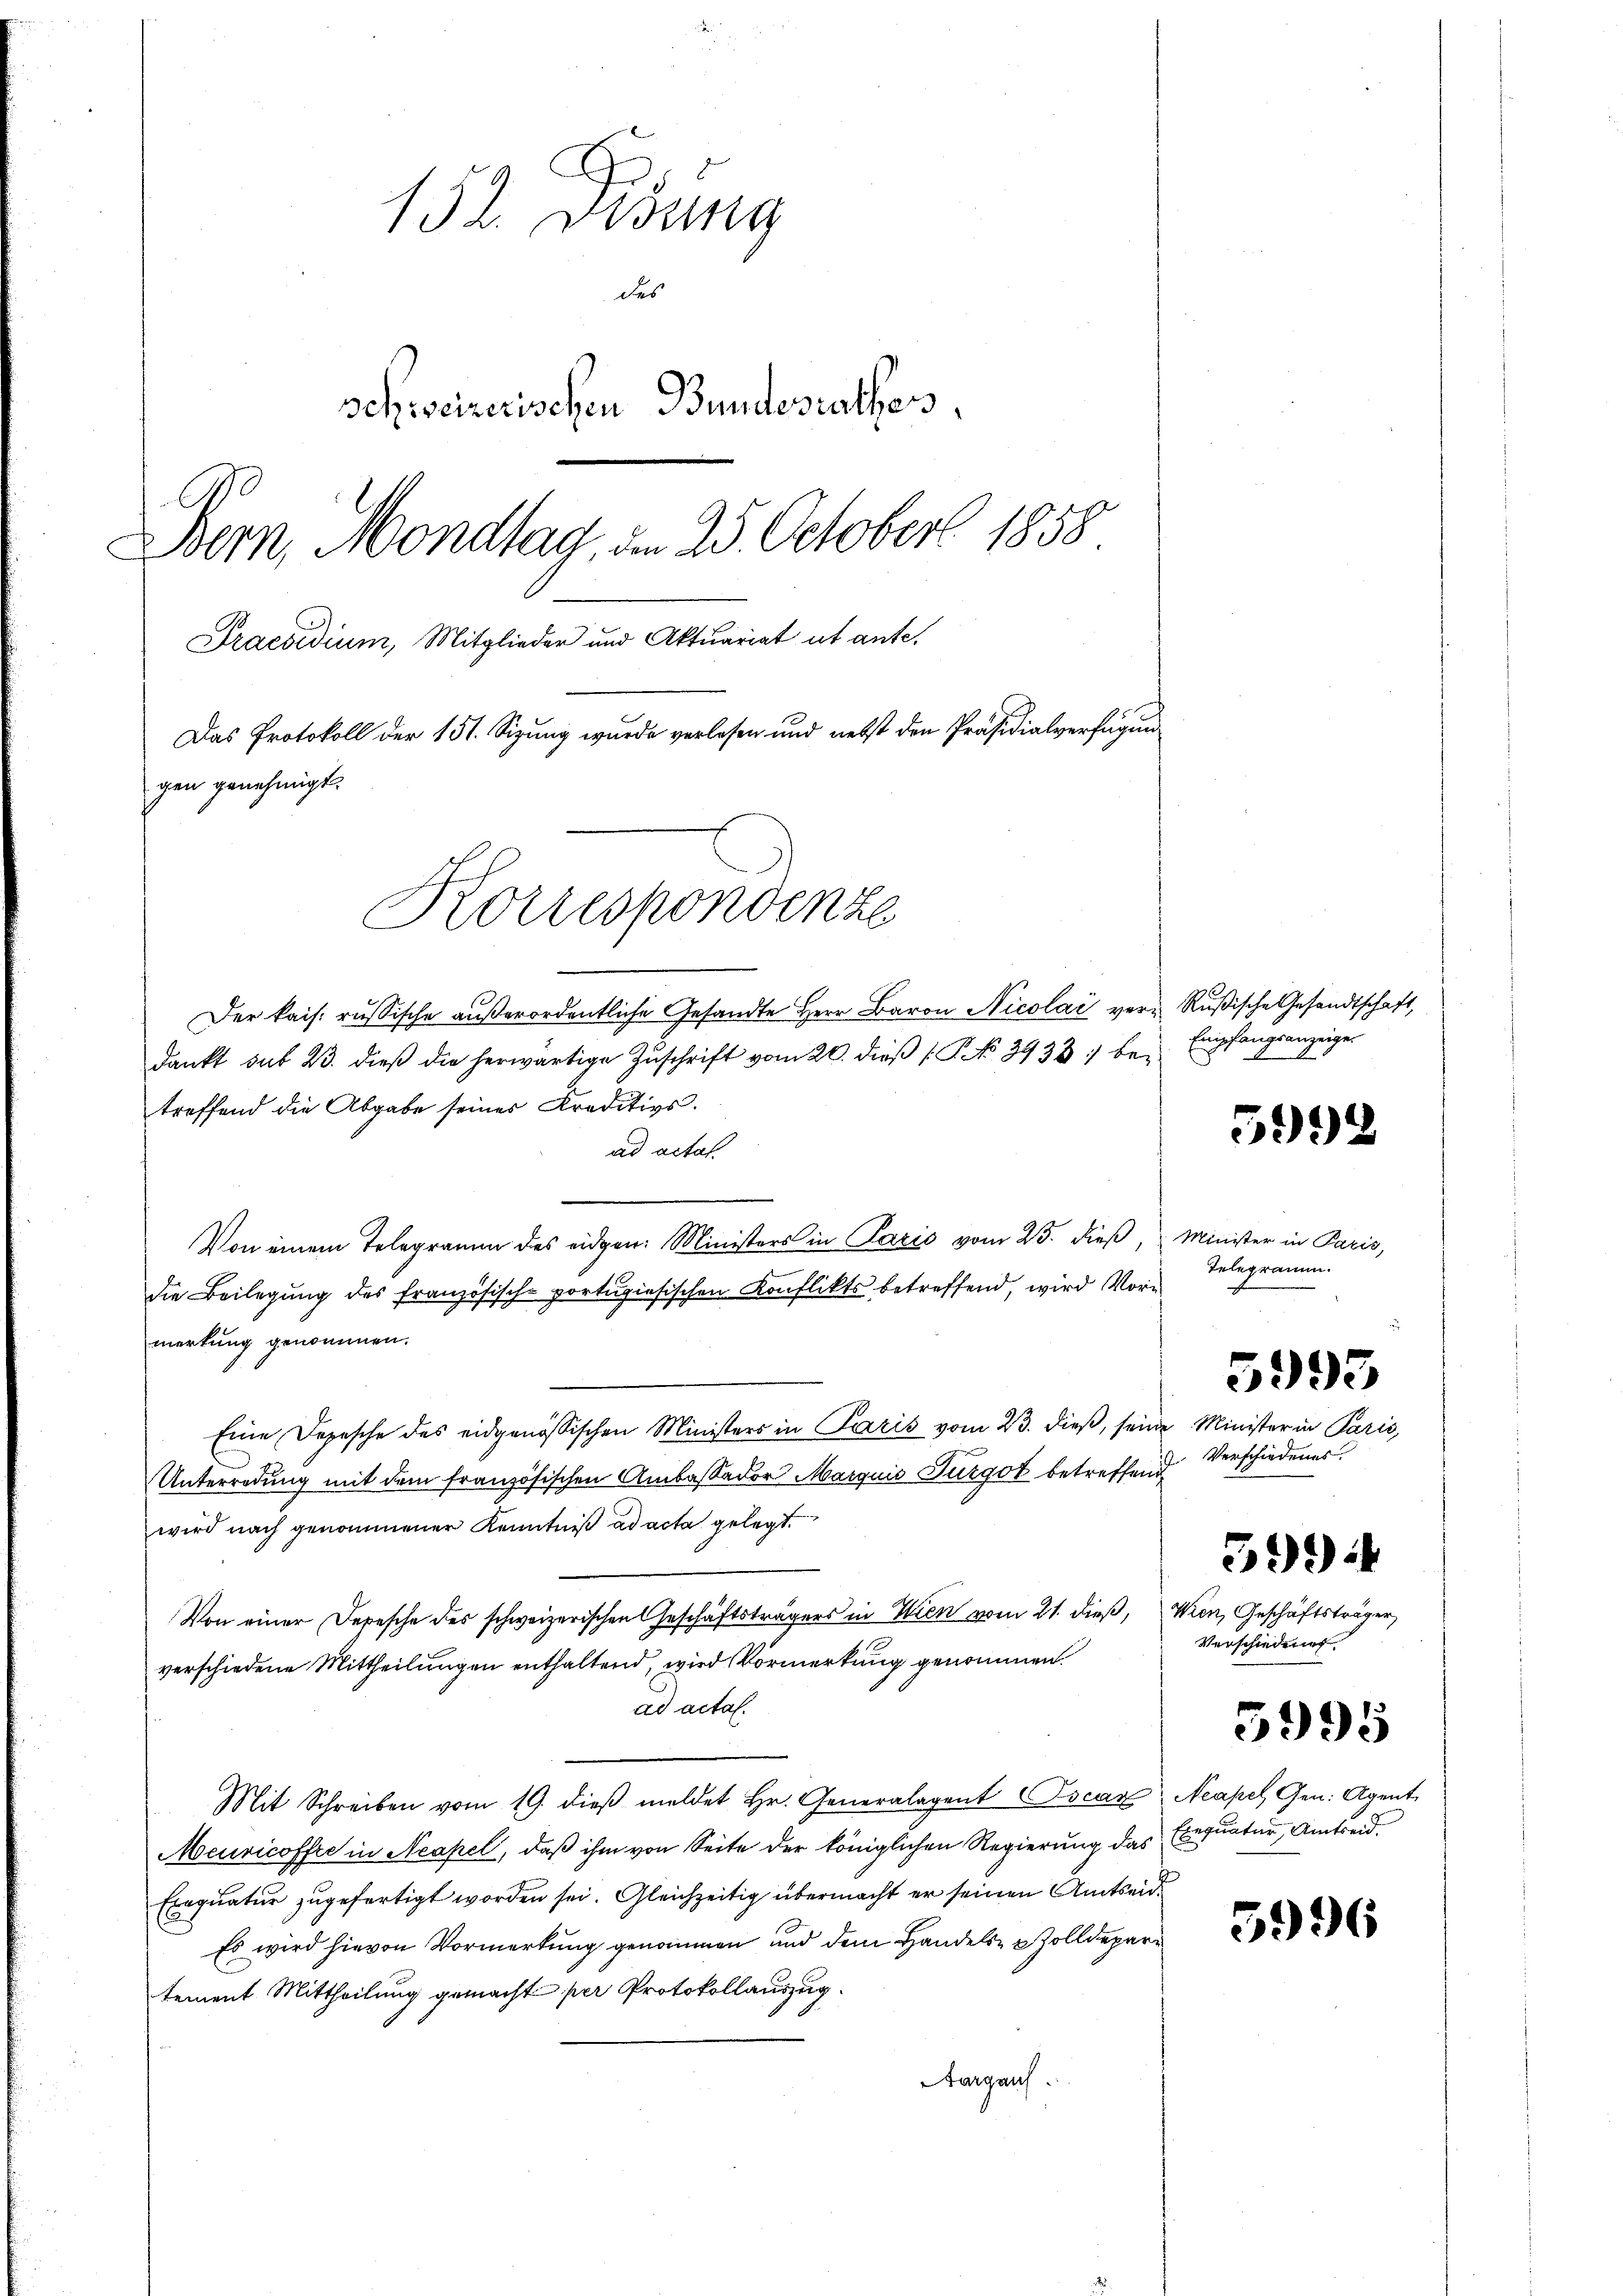
152. Disung
des
schweizerischen Bundesrathes,
Bern, Mondlag, den 25. October 1858
Praesidium, Mitglieder und Aktuariat et ante.
Das Protokoll der 151. Sizung wurde verlesen und nebst den Präsidialverfügung
gen genehmigt.
Korrespondenze

Der kais. russische außerordentliche Gesandte Herr Baron Nicolai ver- Rußische Gesandtschaft,
dankt sit 23. dieβ die herwärtige Zŭschrift vom 20. dieβ [No 3933. bei
treffend die Abgabe seiner Kreditivs.
ad actas
Von einem Telegramm des eidgen. Ministers in Paris vom 25. dieß,
die Beilegung des französisch-portugisischen Konflikts betreffend, wird Vormerkung genommen.
Eine Depesche des eidgenössischen Ministers in Paris vom 23. dieß, seine Minister in Paris,
Unterredung mit dem französischen Ambaßador Margnis Turgot betreffend
wird nach genommener Kenntniß ad acta gelegt.
Von einer Depesche des schweizerischen Geschäftsträgers in Wien vom 21. dieß, Wien, Geschäftsträger,
verschiedene Mittheilungen enthaltend, wird Vormerkung genommen.
ad actal.
Mit Schreiben vom 19. dieβ meldet Hr. Generalagent Locar. Neapel Gen. Agent
Meuricoffre in Neapel, daß ihm von Seite der königlichen Regierung das Exequatur, Amtseid¬
Exequatur zugefertigt worden sei. Gleichzeitig übermacht er seinen Amtsan¬
Es wird hievon Vormerkung genommen und dem Handels- & Zolldepartement Mittheilung gemacht per Protokollauszug.
Aargaus.

Empfangsanzeige
2.

599

Minister in Paris,
Telegramm.

5993

Verschiedenes.

39)

Verschieden.

5995

59.)

i